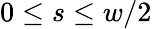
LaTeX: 0\le s\le w/2